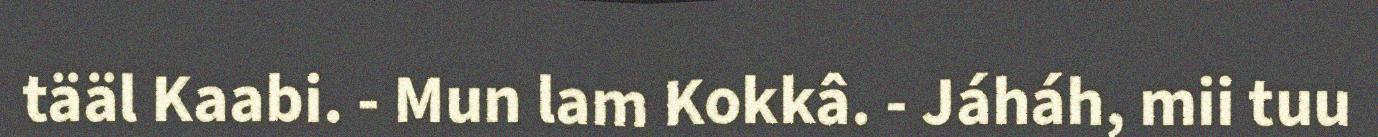
tääl Kaabi. - Mun lam Kokkâ. - Jáháh, mii tuu